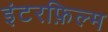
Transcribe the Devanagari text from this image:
इंटरफ़िल्म